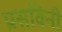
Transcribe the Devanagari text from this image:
प्रसविनी